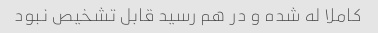
کاملا له شده و در هم رسید قابل تشخیص نبود